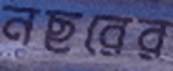
নছরের